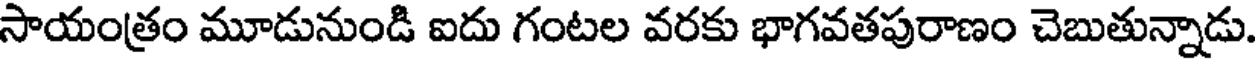
సాయంత్రం మూడునుండి ఐదు గంటల వరకు భాగవతపురాణం చెబుతున్నాడు.